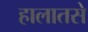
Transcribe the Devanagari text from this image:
हालातसे